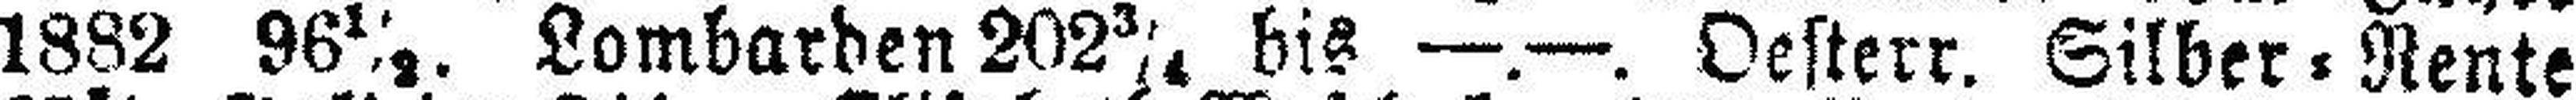
1882 96½. Lombarden 202¾ bis —.—. Oesterr. Silber=Rente